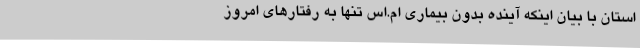
استان با بیان اینکه آینده بدون بیماری ام.اس تنها به رفتارهای امروز